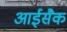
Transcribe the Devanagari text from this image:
आईसैक